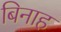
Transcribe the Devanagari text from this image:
बिनाह